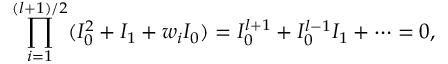
\prod _ { i = 1 } ^ { ( l + 1 ) / 2 } ( I _ { 0 } ^ { 2 } + I _ { 1 } + w _ { i } I _ { 0 } ) = I _ { 0 } ^ { l + 1 } + I _ { 0 } ^ { l - 1 } I _ { 1 } + \cdots = 0 ,